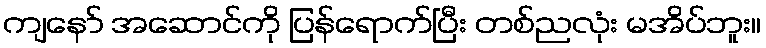
ကျနော် အဆောင်ကို ပြန်ရောက်ပြီး တစ်ညလုံး မအိပ်ဘူး။